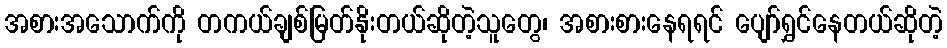
အစားအသောက်ကို တကယ်ချစ်မြတ်နိုးတယ်ဆိုတဲ့သူတွေ၊ အစားစားနေရရင် ပျော်ရွှင်နေတယ်ဆိုတဲ့